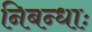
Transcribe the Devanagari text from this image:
निबन्धाः